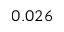
0 . 0 2 6